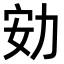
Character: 𠡓